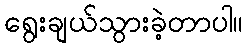
ရွေးချယ်သွားခဲ့တာပါ။